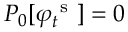
P _ { 0 } [ \varphi _ { t } ^ { \mathrm { ~ s ~ } } ] = 0